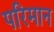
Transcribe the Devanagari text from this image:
परिमान